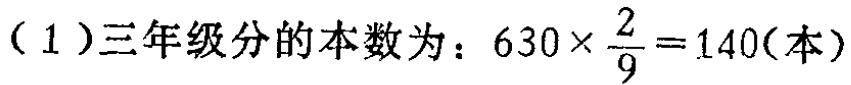
（1）三年级分的本数为：\(630\times\frac{2}{9}=140(\text{本})\)